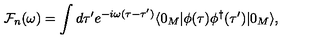
{ \cal F } _ { n } ( \omega ) = \int d \tau ^ { \prime } e ^ { - i \omega ( \tau - \tau ^ { \prime } ) } \langle 0 _ { M } | \phi ( \tau ) \phi ^ { \dagger } ( \tau ^ { \prime } ) | 0 _ { M } \rangle ,